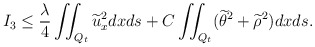
\begin{align*} I_3&\leq \frac\lambda4\iint_{Q_t} \widetilde{u}_x ^2 dxds+C\iint_{Q_t} (\widetilde{\theta}^2+\widetilde{\rho}^2) dxds.\end{align*}